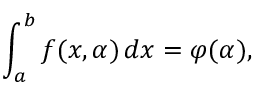
\int _ { a } ^ { b } f ( x , \alpha ) \, d x = \varphi ( \alpha ) ,